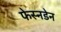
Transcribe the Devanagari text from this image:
फेस्नडेन